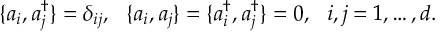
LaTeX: \{ a _ { i } , a _ { j } ^ { \dagger } \} = \delta _ { i j } , ~ ~ \{ a _ { i } , a _ { j } \} = \{ a _ { i } ^ { \dagger } , a _ { j } ^ { \dagger } \} = 0 , ~ ~ i , j = 1 , \ldots , d .